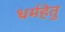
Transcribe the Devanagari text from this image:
धर्महेतु